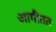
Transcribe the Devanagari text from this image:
आगीतत